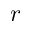
r